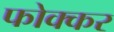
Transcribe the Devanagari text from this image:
फोक्‍कर